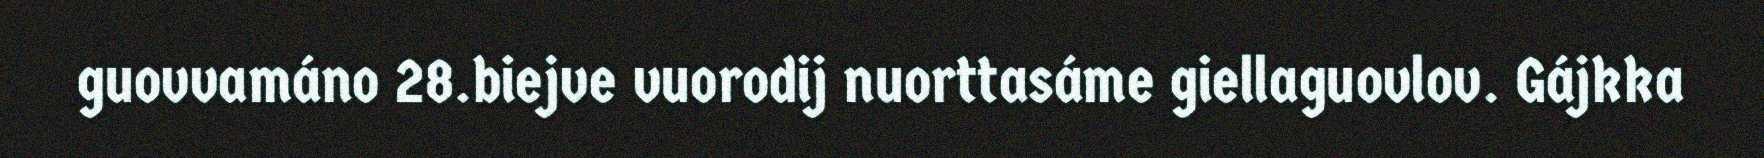
guovvamáno 28.biejve vuorodij nuorttasáme giellaguovlov. Gájkka